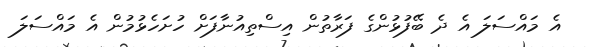
އެ މައްސަލަ އެ ދެ ބޭފުޅުންގެ ފަރާތުން އިސްތިއުނާފަށް ހުށަހެޅުމުން އެ މައްސަލަ